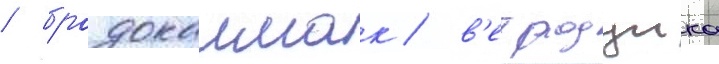
/ бродокалмак / в'етродуика